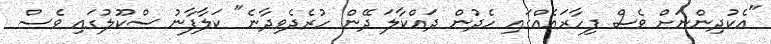
"އެކުދިންނަށް ވެސް ފިހާރައެއްގައި ހެދުން ދައްކާލަ ދޭން ހުރެދެވިދާނެ" ކަލާފާނު ސްކޫލުގައި ވެސް